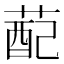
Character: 蓜